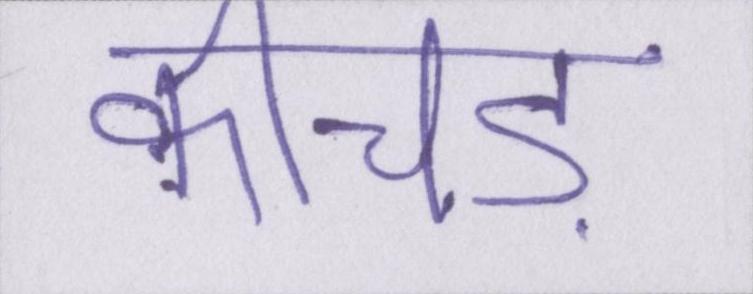
कीचड़